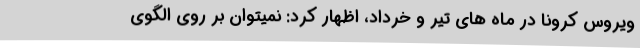
ویروس کرونا در ماه های تیر و خرداد، اظهار کرد: نمیتوان بر روی الگوی